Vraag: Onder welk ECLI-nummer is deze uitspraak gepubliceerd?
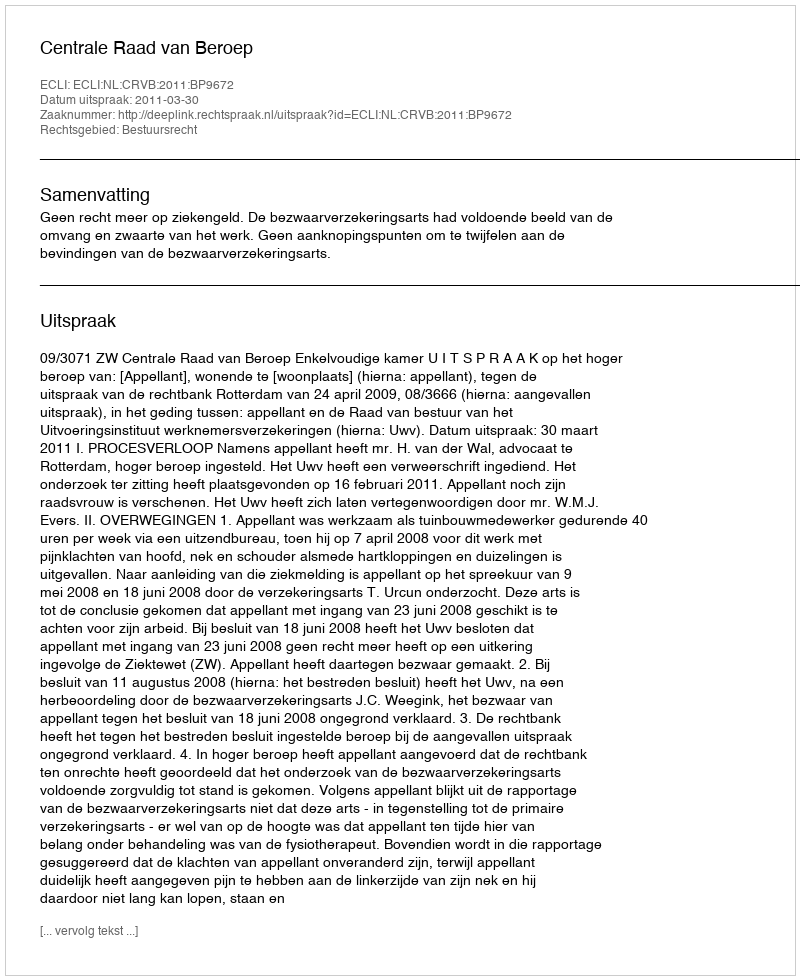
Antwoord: ECLI:NL:CRVB:2011:BP9672